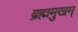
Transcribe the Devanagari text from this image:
ब्रह्ममुखम्